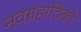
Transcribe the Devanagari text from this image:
नवग्रहादिकों